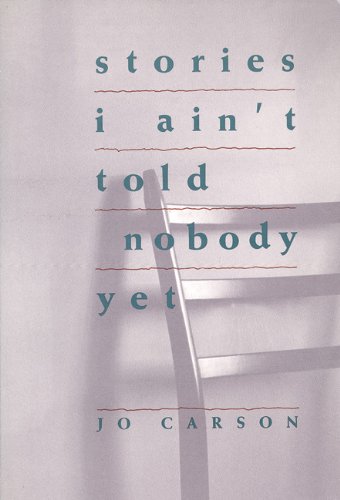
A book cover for Stories I Ain't Told Nobody Yet: Selections from the People Pieces; Jo Carson; Literature & Fiction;